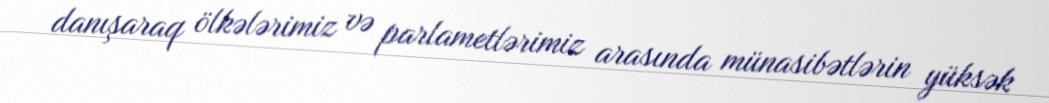
danışaraq ölkələrimiz və parlametlərimiz arasında münasibətlərin yüksək